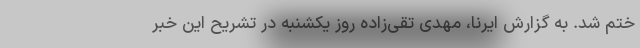
ختم شد. به گزارش ایرنا، مهدی تقی‌زاده روز یکشنبه در تشریح این خبر